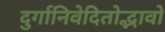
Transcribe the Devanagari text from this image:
दुर्गानिवेदितोद्भावो